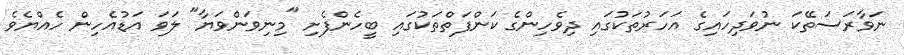
ނަވާރަސަތޭކަ ނުވަދިހައިގެ އަހަރުތަކުގައި ދިވެހިންގެ ކަންފަތްތަކުގައި ބީހެންފެށި "މިނިވަންވަޔާ" ލަވަ އަޑުއެހިން ހެއްޔެވެ